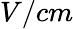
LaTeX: V/cm